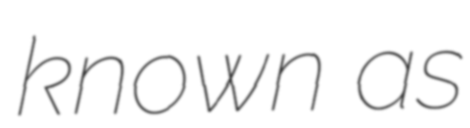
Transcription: known as